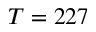
T = 2 2 7